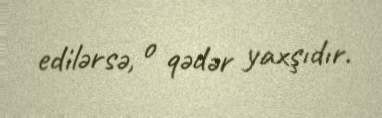
edilərsə, o qədər yaxşıdır.